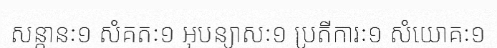
សន្តានៈ១ សំគតៈ១ អុបន្យាសៈ១ ប្រតីការៈ១ សំយោគៈ១